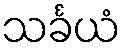
သင်္ခယံ